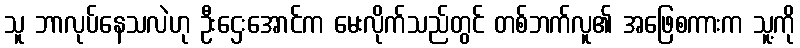
သူ ဘာလုပ်နေသလဲဟု ဦးဌေးအောင်က မေးလိုက်သည်တွင် တစ်ဘက်လူ၏ အဖြေစကားက သူ့ကို